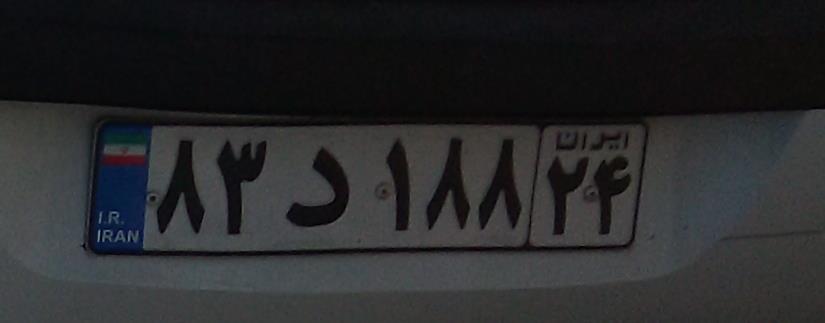
۸۳د۱۸۸۲۴